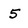
Character: 5